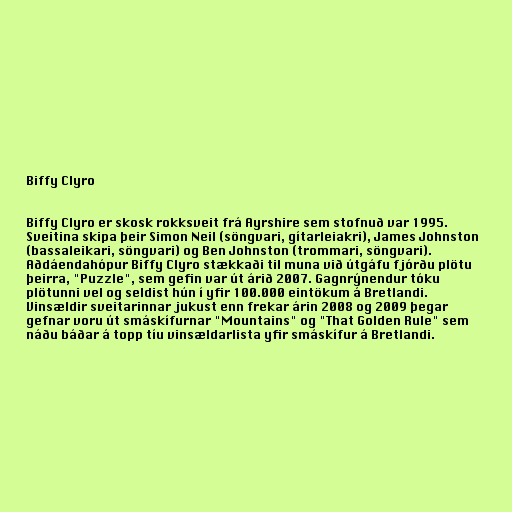
Biffy Clyro

Biffy Clyro er skosk rokksveit frá Ayrshire sem stofnuð var 1995.
Sveitina skipa þeir Simon Neil (söngvari, gítarleiakri), James Johnston
(bassaleikari, söngvari) og Ben Johnston (trommari, söngvari).
Aðdáendahópur Biffy Clyro stækkaði til muna við útgáfu fjórðu plötu
þeirra, "Puzzle", sem gefin var út árið 2007. Gagnrýnendur tóku
plötunni vel og seldist hún í yfir 100.000 eintökum á Bretlandi.
Vinsældir sveitarinnar jukust enn frekar árin 2008 og 2009 þegar
gefnar voru út smáskífurnar "Mountains" og "That Golden Rule" sem
náðu báðar á topp tíu vinsældarlista yfir smáskífur á Bretlandi.